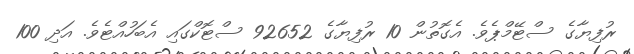
ރުފިޔާގެ ސްޓޭމްޕެވެ. އެގޮތުން 10 ރުފިޔާގެ 92652 ސްޓޮކްގައި އެބަހުއްޓެވެ. އަދި 100